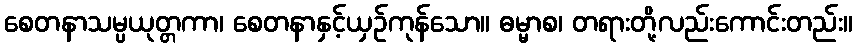
စေတနာသမ္ပယုတ္တကာ၊ စေတနာနှင့်ယှဉ်ကုန်သော။ ဓမ္မာစ၊ တရားတို့လည်းကောင်းတည်း။